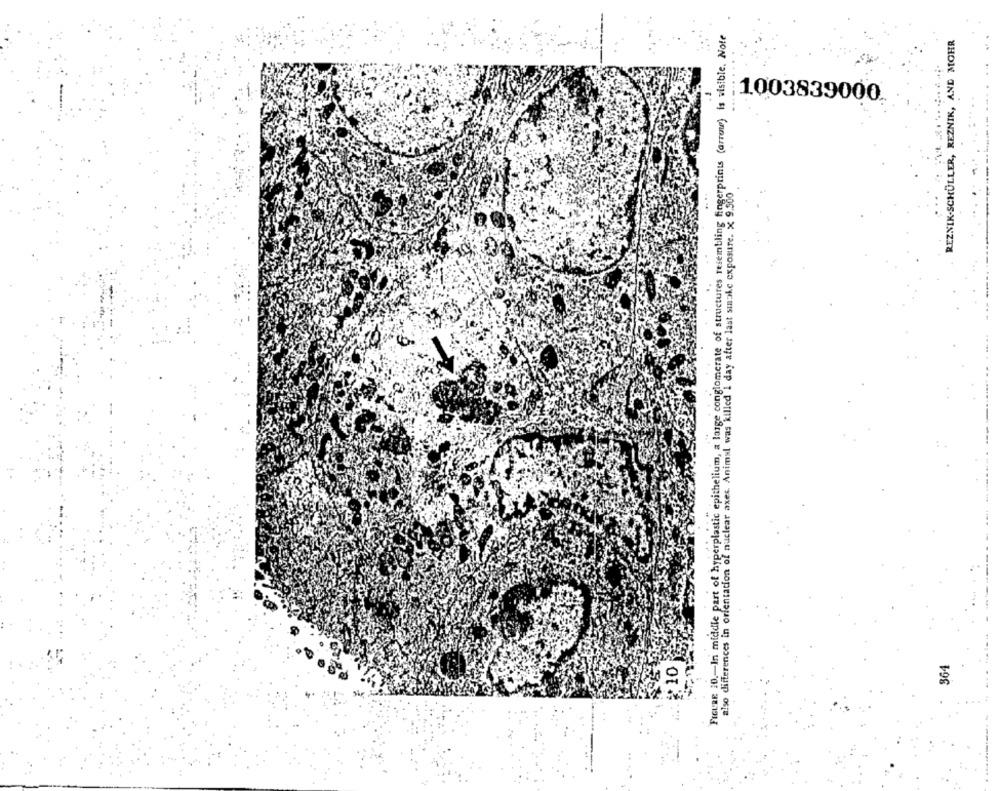
FIGURE 10 .- In middle part of hyperplastic epithelium, a large conglomerate of structures resembling fingerprints (arrow) is visible. Note
TULLER, REZNIK, AND MOHR
1003839000
REZNIK-SCHÜLLER, R
also differences in orientation of nuclear axes. Animal was killed 1 day after last smake exposure. x 9.500
364
#10